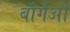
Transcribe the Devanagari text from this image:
बौर्गेओं